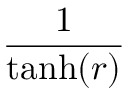
\frac { 1 } { \operatorname { t a n h } ( r ) }